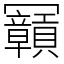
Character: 𠖫